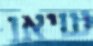
שיאו